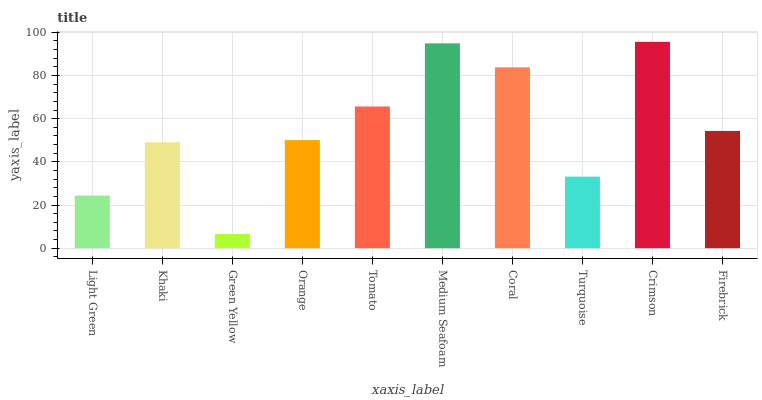
| xaxis_label | bars |
 | --- | --- |
 | Light Green | 24.4 |
 | Khaki | 49.1 |
 | Green Yellow | 6.57 |
 | Orange | 50.1 |
 | Tomato | 65.6 |
 | Medium Seafoam | 94.9 |
 | Coral | 83.8 |
 | Turquoise | 33.2 |
 | Crimson | 95.6 |
 | Firebrick | 54.3 |